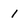
Character: 1